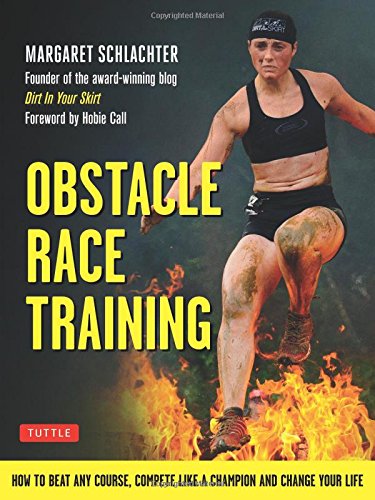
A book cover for Obstacle Race Training: How to Beat Any Course, Compete Like a Champion and Change Your Life; Margaret Schlachter; Medical Books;